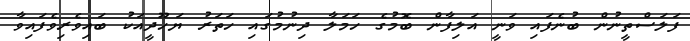
ފަލަސްތީނުން ބުނެފައި ވަނީ އަލިފާން ބޮމުގެ ހަމަލާ ދިނުމުގައި ހަތަރު ޔަހޫދީއަކު ބައިވެރިވެފައިވާ